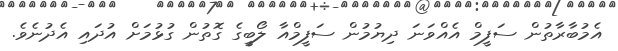
އެމުބާރާތުން ސަފީމް އެއްވަނަ ދިޔުމުން ސަފީމްއާ ލޯބީގެ ގޮތުން ގުޅުމަށް އުދައި އެދުނެވެ.